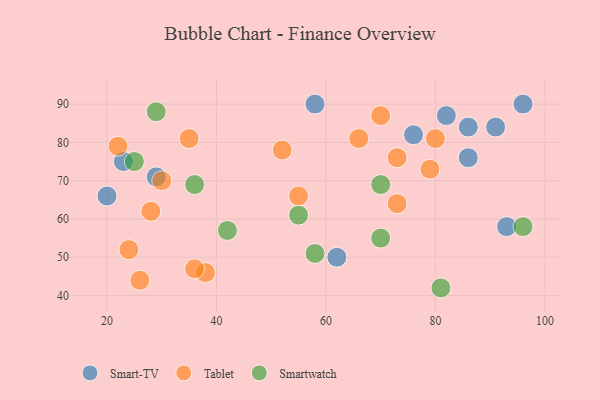
{"axis": {"x": "GDP", "y": "Life Expectancy"}, "legend": ["Smart-TV", "Smartwatch", "Tablet"], "data": [{"x": "93", "y": 58, "type": "Smart-TV"}, {"x": "96", "y": 90, "type": "Smart-TV"}, {"x": "23", "y": 75, "type": "Smart-TV"}, {"x": "86", "y": 76, "type": "Smart-TV"}, {"x": "82", "y": 87, "type": "Smart-TV"}, {"x": "58", "y": 90, "type": "Smart-TV"}, {"x": "76", "y": 82, "type": "Smart-TV"}, {"x": "29", "y": 71, "type": "Smart-TV"}, {"x": "86", "y": 84, "type": "Smart-TV"}, {"x": "62", "y": 50, "type": "Smart-TV"}, {"x": "20", "y": 66, "type": "Smart-TV"}, {"x": "91", "y": 84, "type": "Smart-TV"}, {"x": "73", "y": 64, "type": "Tablet"}, {"x": "22", "y": 79, "type": "Tablet"}, {"x": "55", "y": 66, "type": "Tablet"}, {"x": "38", "y": 46, "type": "Tablet"}, {"x": "80", "y": 81, "type": "Tablet"}, {"x": "79", "y": 73, "type": "Tablet"}, {"x": "26", "y": 44, "type": "Tablet"}, {"x": "73", "y": 76, "type": "Tablet"}, {"x": "36", "y": 47, "type": "Tablet"}, {"x": "30", "y": 70, "type": "Tablet"}, {"x": "35", "y": 81, "type": "Tablet"}, {"x": "70", "y": 87, "type": "Tablet"}, {"x": "24", "y": 52, "type": "Tablet"}, {"x": "66", "y": 81, "type": "Tablet"}, {"x": "52", "y": 78, "type": "Tablet"}, {"x": "28", "y": 62, "type": "Tablet"}, {"x": "36", "y": 69, "type": "Smartwatch"}, {"x": "58", "y": 51, "type": "Smartwatch"}, {"x": "42", "y": 57, "type": "Smartwatch"}, {"x": "81", "y": 42, "type": "Smartwatch"}, {"x": "70", "y": 55, "type": "Smartwatch"}, {"x": "25", "y": 75, "type": "Smartwatch"}, {"x": "96", "y": 58, "type": "Smartwatch"}, {"x": "29", "y": 88, "type": "Smartwatch"}, {"x": "70", "y": 69, "type": "Smartwatch"}, {"x": "55", "y": 61, "type": "Smartwatch"}]}